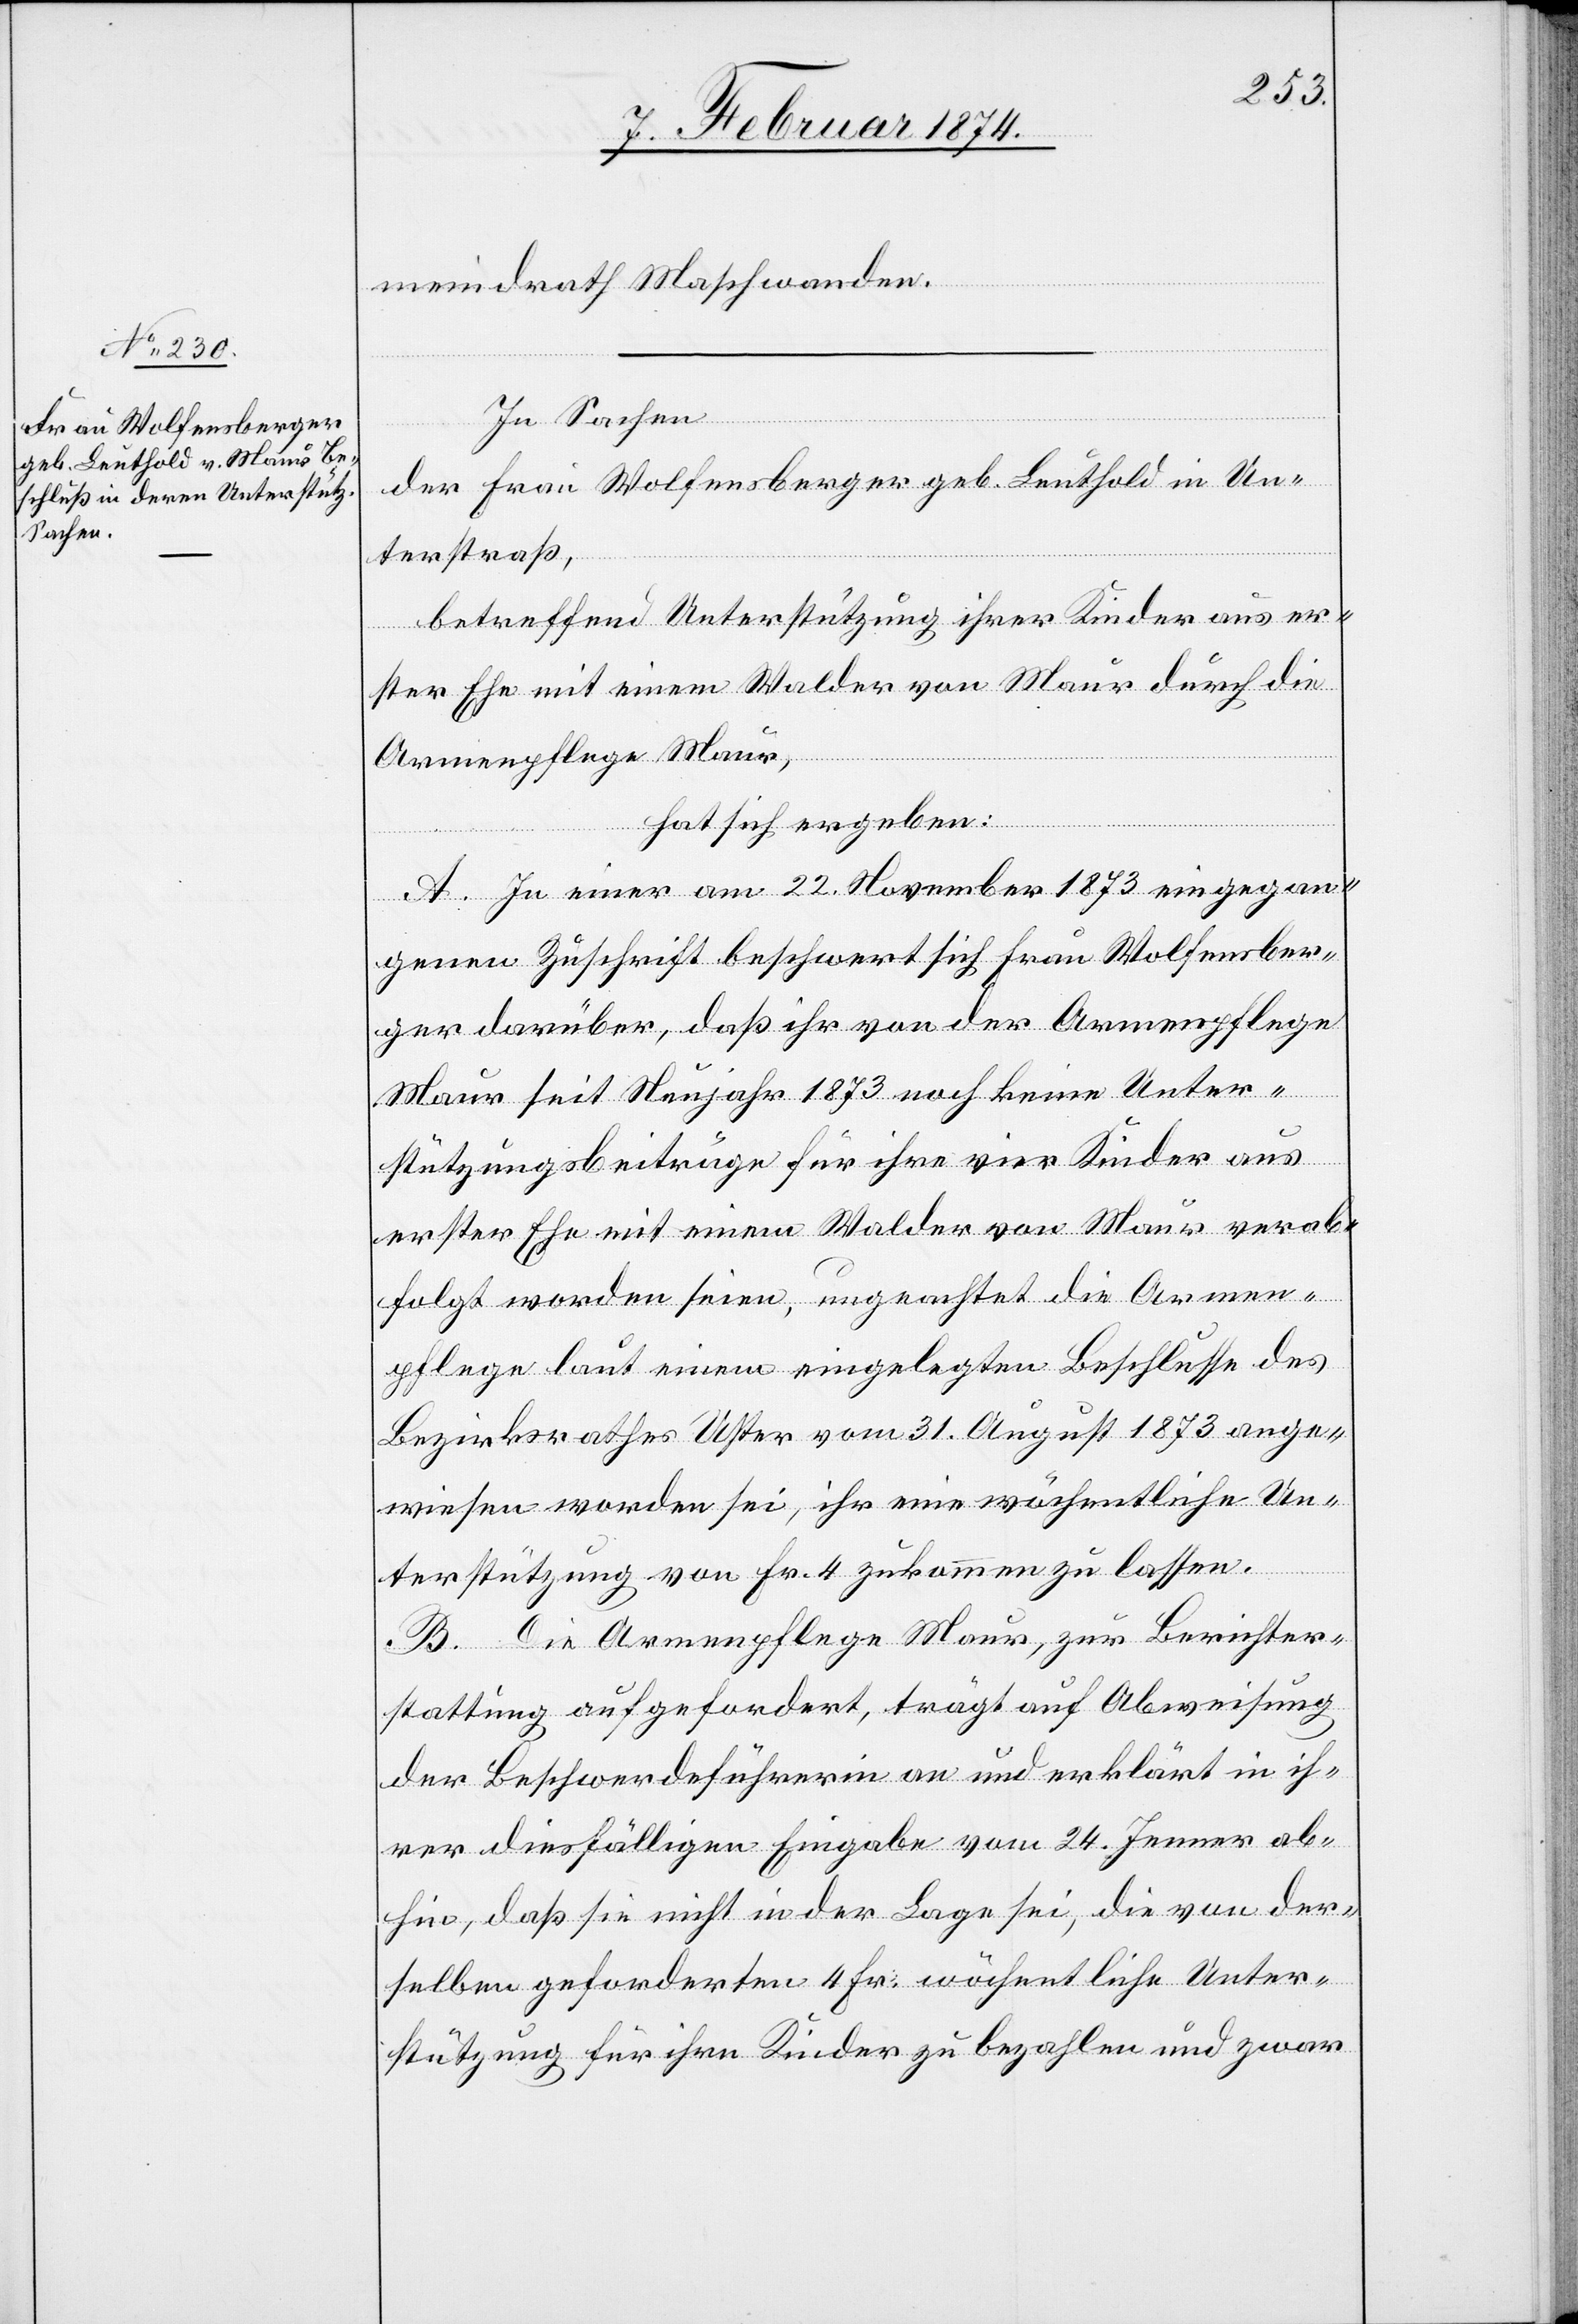
meindrath Maschwanden.
In Sachen
der Frau Wolfensberger geb. Leuthold in Un¬
terstraaß,
betreffend Unterstützung ihrer Kinder aus er¬
ster Ehe mit einem Walder von Maur durch die
Armenpflege Maur,
hat sich ergeben:
A. In einer am 22. November 1873 eingegan¬
genen Zuschrift beschwert sich Frau Wolfensber¬
ger darüber, daß ihr von der Armenpflege
Maur seit Neujahr 1873 noch keine Unter¬
stützungsbeiträge für ihre vier Kinder aus
erster Ehe mit einem Walder von Maur verab¬
folgt worden seien, ungeachtet die Armen¬
pflege laut einem eingelegten Beschlusse des
Bezirksrathes Uster vom 31. August 1873 ange¬
wiesen worden sei, ihr eine wöchentliche Un¬
terstützung von Fr. 4 zukommen zu lassen.
B. Die Armenpflege Maur, zur Berichter¬
stattung aufgefordert, trägt auf Abweisung
der Beschwerdeführerin an und erklärt in ih¬
rer diesfälligen Eingabe vom 24. Jenner ab¬
hin, daß sie nicht in der Lage sei, die von der¬
selben geforderten 4 Fr. wöchentliche Unter¬
stützung für ihre Kinder zu bezahlen und zwar